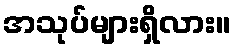
အသုပ်များရှိလား။